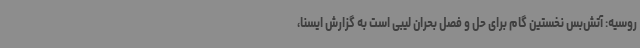
روسیه: آتش‌بس نخستین گام برای حل و فصل بحران لیبی است به گزارش ایسنا،